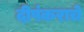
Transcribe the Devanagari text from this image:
दीपंकराचे